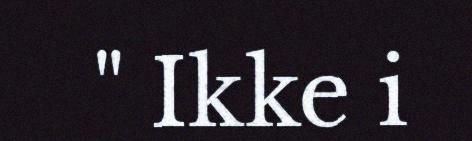
" Ikke i